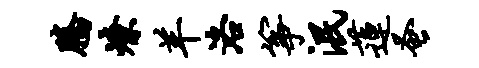
腾燎羊洛筝泯莲蚤